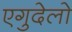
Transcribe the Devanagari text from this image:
एगुदेलो